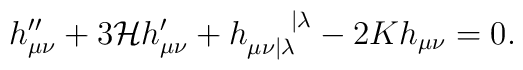
h_{\mu\nu}^{\prime\prime}+3\mathcal{H}h_{\mu\nu}^{\prime}+h_{\mu\nu|\lambda}^{\mbox{ }\mbox{ }\mbox{ }\mbox{ }|\lambda}-2Kh_{\mu\nu} = 0.